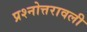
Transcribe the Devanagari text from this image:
प्रश्नोत्तरावली